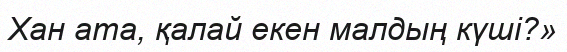
Хан ата, қалай екен малдың күшi?»